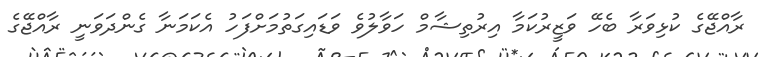
ރާއްޖޭގެ ކުޅިވަރާ ބެހޭ ވަޒީރުކަމާ އިރުތިޝާމް ހަވާލުވެ ވަޑައިގަތުމަށްފަހު އެކަމަނާ ގެންދަވަނީ ރާއްޖޭގެ